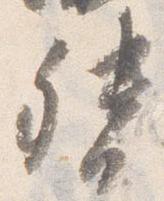
督